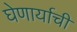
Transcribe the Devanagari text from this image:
घेणार्याची